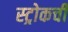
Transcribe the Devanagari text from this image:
स्ट्रोकची